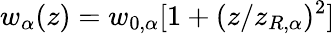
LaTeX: w_{\alpha}(z)=w_{0,\alpha}[1+(z/z_{R,\alpha})^{2}]